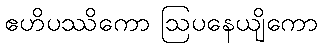
ဧဟိပဿိကော ဩပနေယျိကော